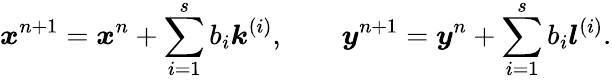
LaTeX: \boldsymbol{x}^{n+1}=\boldsymbol{x}^{n}+\sum_{i=1}^{s}b_{i}\boldsymbol{k}^{(i)},\qquad\boldsymbol{y}^{n+1}=\boldsymbol{y}^{n}+\sum_{i=1}^{s}b_{i}\boldsymbol{l}^{(i)}.